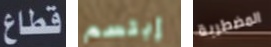
قطاع إبتسم المضطربة